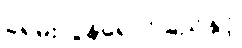
ခရမ်းလွန်ရောင်ခြည်နှင့်